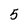
Character: 5